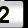
Digit: 2